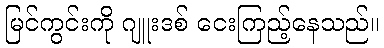
မြင်ကွင်းကို ဂျူးဒစ် ငေးကြည့်နေသည်။